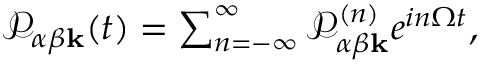
\begin{array} { r } { \mathcal { P } _ { \alpha \beta \mathbf { k } } ( t ) = \sum _ { n = - \infty } ^ { \infty } \mathcal { P } _ { \alpha \beta \mathbf { k } } ^ { ( n ) } e ^ { i n \Omega t } , } \end{array}